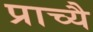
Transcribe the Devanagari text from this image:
प्राच्यै